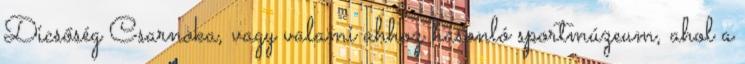
Dicsőség Csarnoka, vagy valami ahhoz hasonló sportmúzeum, ahol a